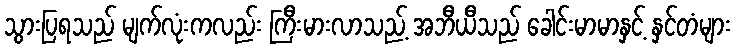
သွားပြရသည် မျက်လုံးကလည်း ကြီးမားလာသည့် အဘီယီသည် ခေါင်းမာမာနှင့် နှင်တံများ